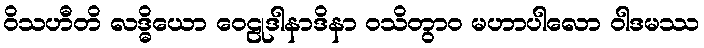
ဝိသဟီတိ လဒ္ဓိယော ဝေဠုဒါနာဒိနာ ဝသိတွာဝ မဟာပါလော ဝါဒမဿ